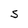
Character: S